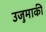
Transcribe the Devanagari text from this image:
उजुमाकी